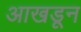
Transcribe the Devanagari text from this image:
आखडून